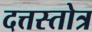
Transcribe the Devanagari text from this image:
दत्तस्तोत्र